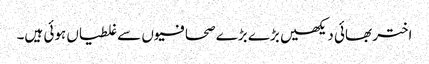
اختر بھائی دیکھیں بڑے بڑے صحافیوں سے غلطیاں ہوئی ہیں۔